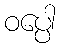
ဝပ္ပေါ